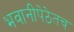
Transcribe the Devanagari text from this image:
भवानीपेठेतच